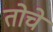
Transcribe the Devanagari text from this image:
तोचे